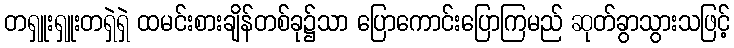
တရှူးရှူးတရှဲရှဲ ထမင်းစားချိန်တစ်ခု၌သာ ပြောကောင်းပြောကြမည် ဆုတ်ခွာသွားသဖြင့်